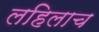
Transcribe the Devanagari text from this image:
लहिलाच